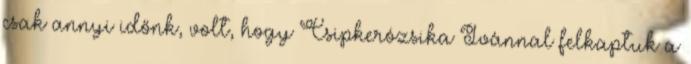
csak annyi időnk, volt, hogy Csipkerózsika Ivánnal felkaptuk a